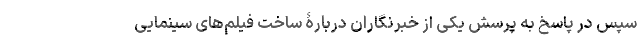
سپس در پاسخ به پرسش یکی از خبرنگاران دربارۀ ساخت فیلم‌های سینمایی